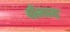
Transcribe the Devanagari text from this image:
शेज़ाद